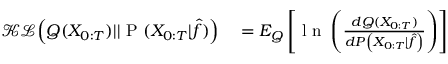
\begin{array} { r l } { \mathcal { K L } \Big ( Q ( X _ { 0 : T } ) | | \mathrm { ~ P ~ } ( X _ { 0 : T } | \hat { f } ) \Big ) } & { { } = E _ { { Q } } \left[ \mathrm { ~ l ~ n ~ } \left( \frac { d { Q } ( X _ { 0 : T } ) } { d { P } \left( X _ { 0 : T } \vert \hat { f } \right) } \right) \right] } \end{array}